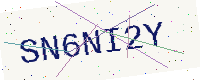
Text: SN6NI2Y